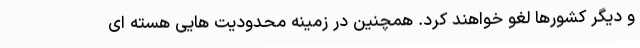
و دیگر کشورها لغو خواهند کرد. همچنین در زمینه محدودیت هایی هسته ای